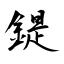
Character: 鍉